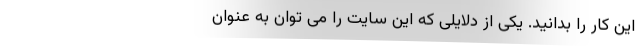
این کار را بدانید. یکی از دلایلی که این سایت را می توان به عنوان